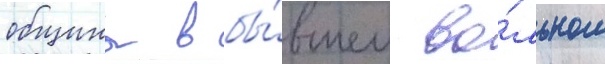
общины в бы́вшем во́льном